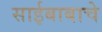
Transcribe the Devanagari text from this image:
साईबाबाचे